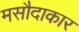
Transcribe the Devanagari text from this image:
मसौदाकार